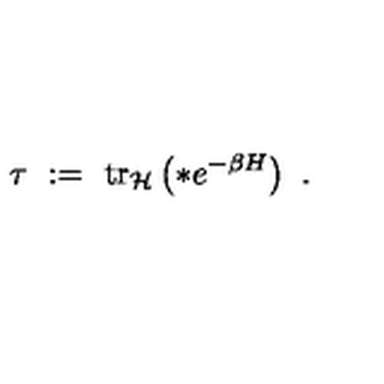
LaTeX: \tau \ : = \ \mathrm { t r } _ { { \mathcal H } } \left( * e ^ { - \beta H } \right) \ .